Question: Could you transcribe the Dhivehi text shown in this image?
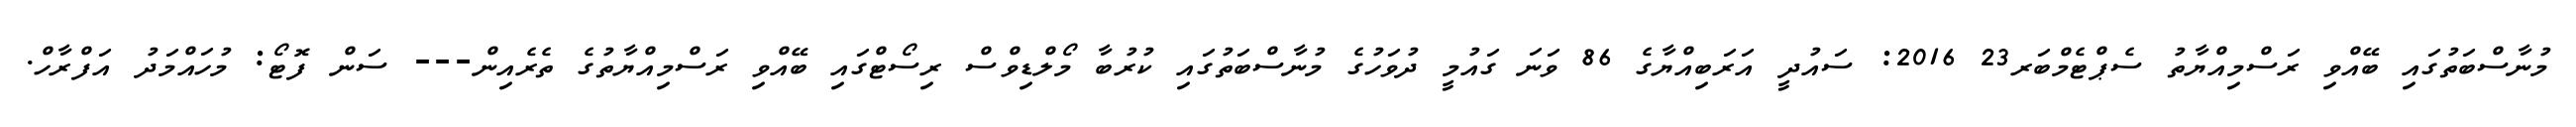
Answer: މުނާސްބަތުގައި ބޭއްވި ރަސްމިއްޔާތު ސެޕްޓެމްބަރ23 2016: ސައުދީ އަރަބިއްޔާގެ 86 ވަނަ ގައުމީ ދުވަހުގެ މުނާސްބަތުގައި ކުރުބާ މޯލްޑިވްސް ރިސޯޓްގައި ބޭއްވި ރަސްމިއްޔާތުގެ ތެރެއިން--- ސަން ފޮޓޯ: މުހައްމަދު އަފްރާހް.